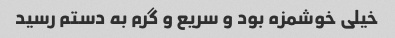
خیلی خوشمزه بود و سریع و گرم به دستم رسید